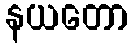
နယတော